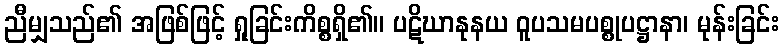
ညီမျှသည်၏ အဖြစ်ဖြင့် ရှုခြင်းကိစ္စရှိ၏။ ပဋိဃာနုနယ ဝူပသမပစ္စုပဋ္ဌာနာ၊ မုန်းခြင်း